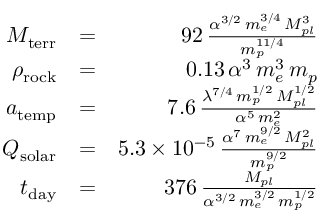
\begin{array} { r l r } { M _ { \mathrm { t e r r } } } & { = } & { 9 2 \, \frac { \alpha ^ { 3 / 2 } \, m _ { e } ^ { 3 / 4 } \, M _ { p l } ^ { 3 } } { m _ { p } ^ { 1 1 / 4 } } } \\ { \rho _ { \mathrm { r o c k } } } & { = } & { 0 . 1 3 \, \alpha ^ { 3 } \, m _ { e } ^ { 3 } \, m _ { p } } \\ { a _ { \mathrm { t e m p } } } & { = } & { 7 . 6 \, \frac { \lambda ^ { 7 / 4 } \, m _ { p } ^ { 1 / 2 } \, M _ { p l } ^ { 1 / 2 } } { \alpha ^ { 5 } \, m _ { e } ^ { 2 } } } \\ { Q _ { \mathrm { s o l a r } } } & { = } & { 5 . 3 \times 1 0 ^ { - 5 } \, \frac { \alpha ^ { 7 } \, m _ { e } ^ { 9 / 2 } \, M _ { p l } ^ { 2 } } { m _ { p } ^ { 9 / 2 } } } \\ { t _ { \mathrm { d a y } } } & { = } & { 3 7 6 \, \frac { M _ { p l } } { \alpha ^ { 3 / 2 } \, m _ { e } ^ { 3 / 2 } \, m _ { p } ^ { 1 / 2 } } } \end{array}